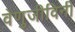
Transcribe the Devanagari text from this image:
वेणुजीविनी